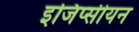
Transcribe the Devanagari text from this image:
इजिप्सीयन